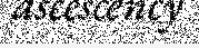
ascescency